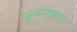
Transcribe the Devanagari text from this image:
पुनव्य्वह्ह्त